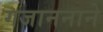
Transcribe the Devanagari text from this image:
गजाननाने